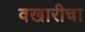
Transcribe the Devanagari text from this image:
वखारीचा